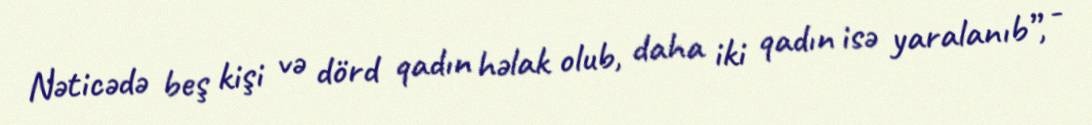
Nəticədə beş kişi və dörd qadın həlak olub, daha iki qadın isə yaralanıb”, -